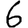
Digit: 6